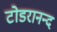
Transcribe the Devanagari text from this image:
टोडरानन्द